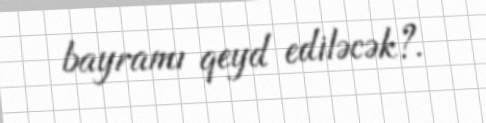
bayramı qeyd ediləcək?.